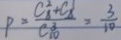
P = \frac { C _ { 8 } ^ { 2 } + C _ { 8 } ^ { 1 } } { C _ { 1 0 } ^ { 3 } } = \frac { 3 } { 1 0 }